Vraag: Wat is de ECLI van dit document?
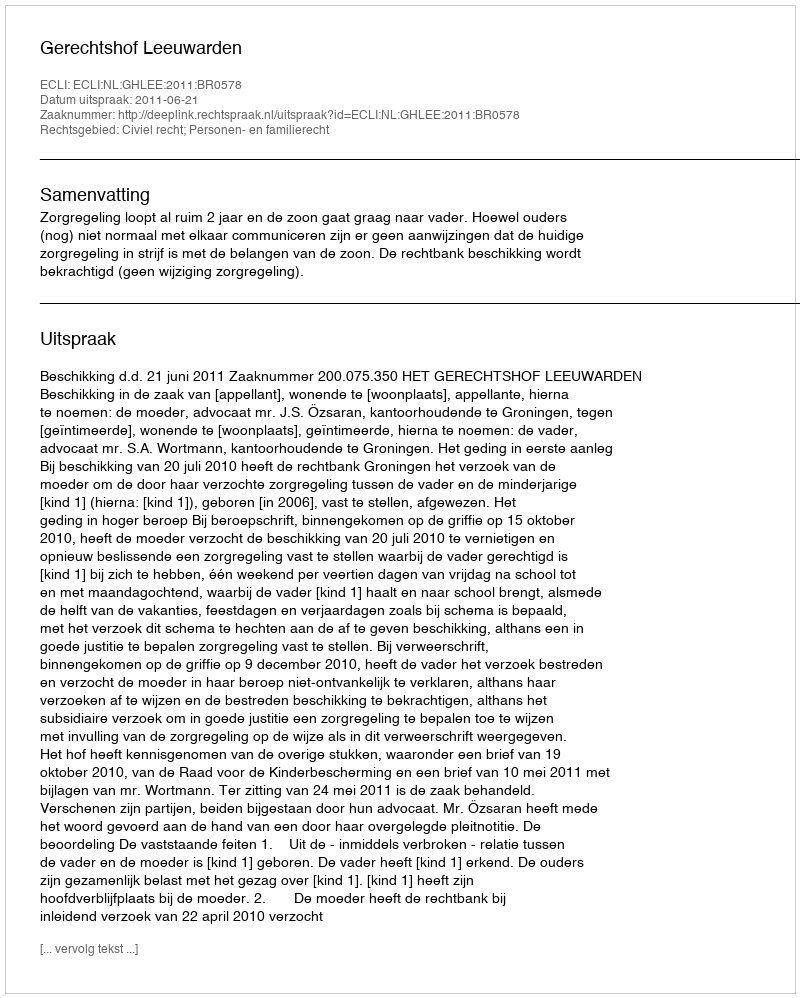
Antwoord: ECLI:NL:GHLEE:2011:BR0578